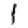
Digit: 1